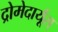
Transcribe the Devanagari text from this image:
द्रोमेदार्यूस्